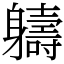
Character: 軇